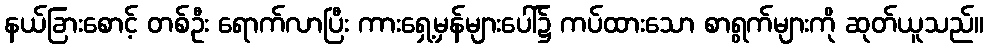
နယ်ခြားစောင့် တစ်ဦး ရောက်လာပြီး ကားရှေ့မှန်များပေါ်၌ ကပ်ထားသော စာရွက်များကို ဆုတ်ယူသည်။